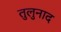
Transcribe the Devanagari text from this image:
तुलुनाद